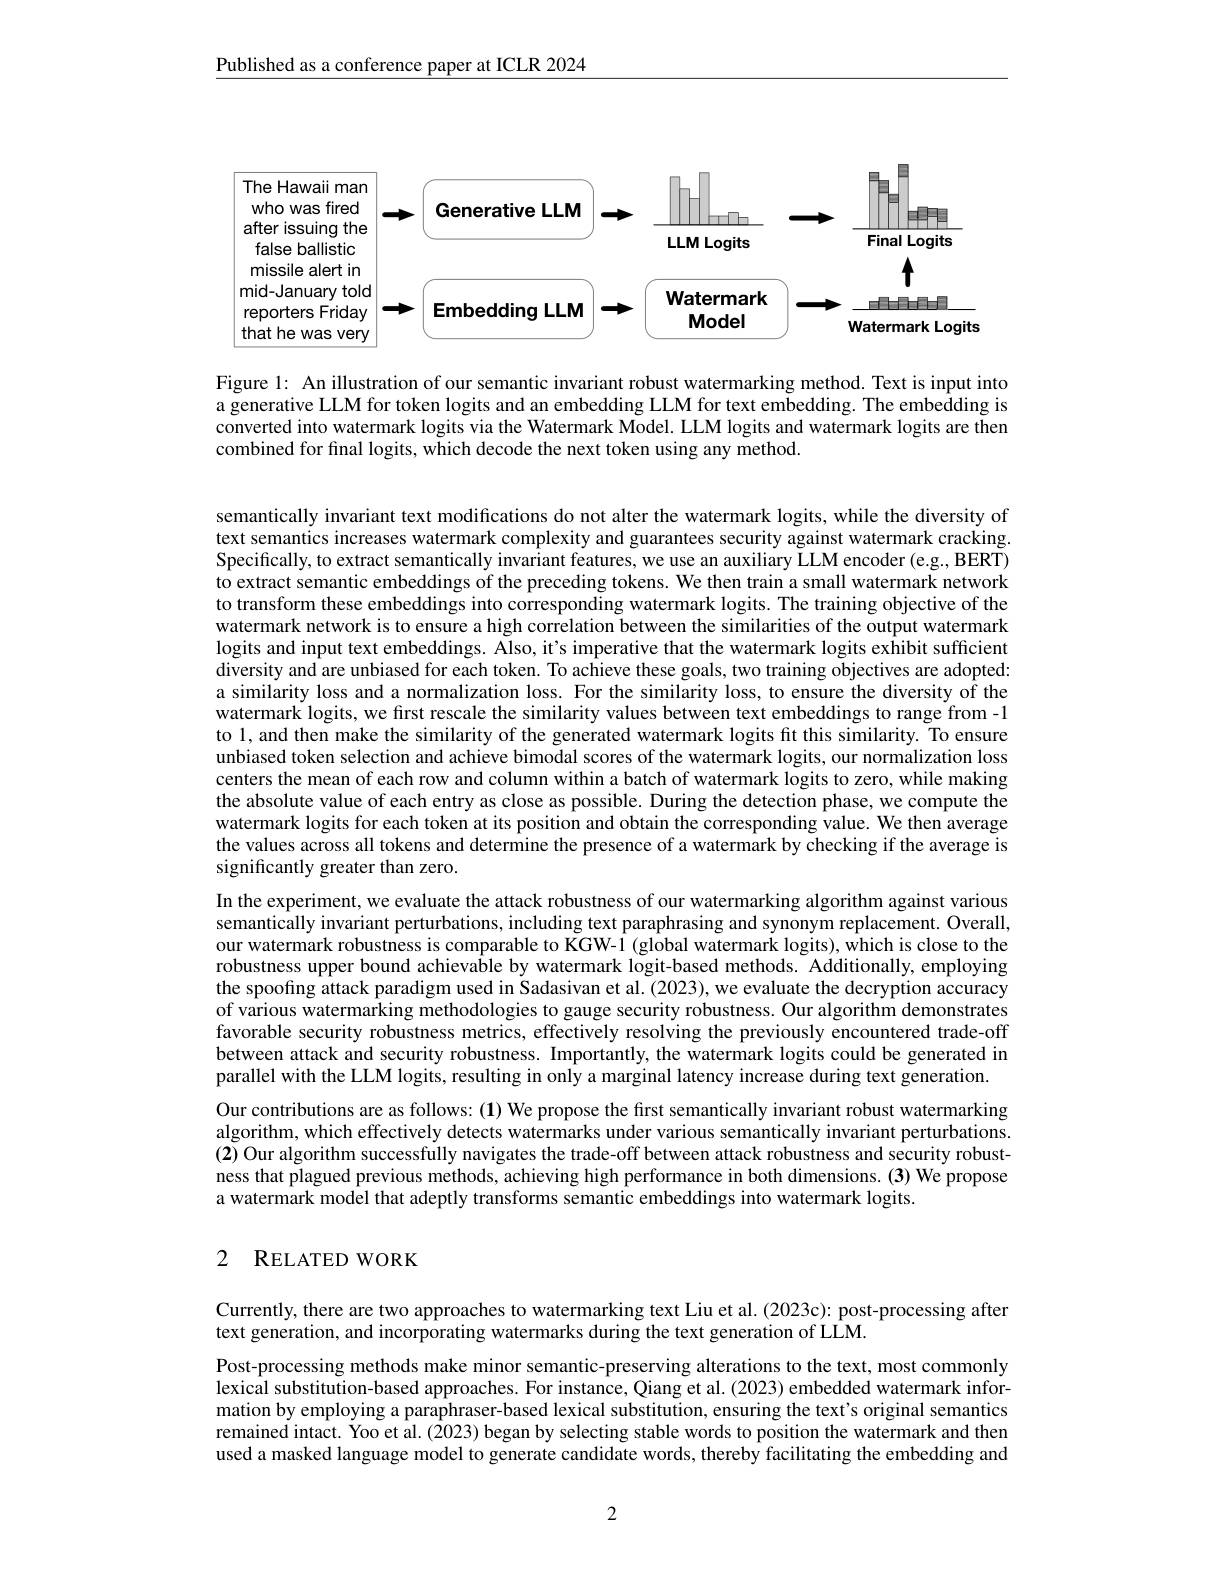
Published as a conference paper at ICLR 2024

<FigureHere>

Figure l: An illustration of our semantic invariant robust watermarking method. Text is input into a generative LLM for token logits and an embedding LLM for text embedding. The embedding is converted into watermark logits via the Watermark Model. LLM logits and watermark logits are then combined for final logits, which decode the next token using any method.

semantically invariant text modifications do not alter the watermark logits, while the diversity of text semantics increases watermark complexity and guarantees security against watermark cracking. Specifically, to extract semantically invariant features, we use an auxiliary LLM encoder (e.g., BERT) to extract semantic embeddings of the preceding tokens. We then train a small watermark network to transform these embeddings into corresponding watermark logits. The training objective of the watermark network is to ensure a high correlation between the similarities of the output watermark logits and input text embeddings. Also, it's imperative that the watermark logits exhibit sufficient diversity and are unbiased for each token. To achieve these goals, two training objectives are adopted: a similarity loss and a normalization loss. For the similarity loss, to ensure the diversity of the watermark logits, we first rescale the similarity values between text embeddings to range from -1 to 1, and then make the similarity of the generated watermark logits fit this similarity. To ensure unbiased token selection and achieve bimodal scores of the watermark logits, our normalization loss centers the mean of each row and column within a batch of watermark logits to zero, while making the absolute value of each entry as close as possible. During the detection phase, we compute the watermark logits for each token at its position and obtain the corresponding value. We then average the values across all tokens and determine the presence of a watermark by checking if the average is significantly greater than zero.
In the experiment, we evaluate the attack robustness of our watermarking algorithm against various semantically invariant perturbations, including text paraphrasing and synonym replacement. Overall, our watermark robustness is comparable to KGW-1 (global watermark logits), which is close to the robustness upper bound achievable by watermark logit-based methods. Additionally, employing the spoofing attack paradigm used in Sadasivan et al. (2023), we evaluate the decryption accuracy of various watermarking methodologies to gauge security robustness. Our algorithm demonstrates favorable security robustness metrics, effectively resolving the previously encountered trade-off between attack and security robustness. Importantly, the watermark logits could be generated in parallel with the LLM logits, resulting in only a marginal latency increase during text generation. Our contributions are as follows: (1) We propose the first semantically invariant robust watermarking algorithm, which effectively detects watermarks under various semantically invariant perturbations. (2) Our algorithm successfully navigates the trade-off between attack robustness and security robustness that plagued previous methods, achieving high performance in both dimensions.(3) We propose a watermark model that adeptly transforms semantic embeddings into watermark logits.

## 2 $\mathbf{R} _{\mathrm{ELATED}}$WORK

Currently, there are two approaches to watermarking text Liu et al. (2023c): post-processing after
text generation, and incorporating watermarks during the text generation of LLM.

Post-processing methods make minor semantic-preserving alterations to the text, most commonly lexical substitution-based approaches. For instance, Qiang et al. (2023) embedded watermark information by employing a paraphraser-based lexical substitution, ensuring the text's original semantics remained intact. Yoo et al.(2023) began by selecting stable words to position the watermark and then used a masked language model to generate candidate words, thereby facilitating the embedding and

2